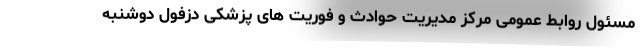
مسئول روابط عمومی مرکز مدیریت حوادث و فوریت های پزشکی دزفول دوشنبه